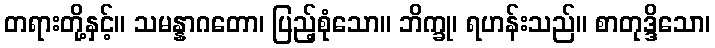
တရားတို့နှင့်။ သမန္နာဂတော၊ ပြည့်စုံသော။ ဘိက္ခု၊ ရဟန်းသည်။ စာတုဒ္ဒိသော၊